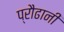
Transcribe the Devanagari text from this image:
प्रौढानी